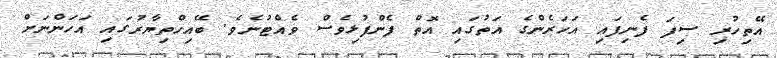
އޭތިހުރި ސިފަ ފެނިފައި އަހަރެންގެ އަތުގައި އޮތް ފެންފުޅިވެސް ވެއްޓުނެވެ. ބޭއިހްތިޔާރުގައި އަހަންނަށް